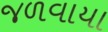
જળવાયા